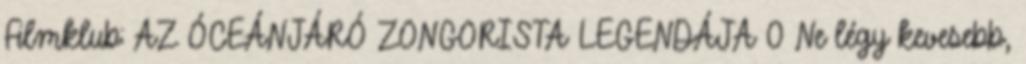
Filmklub: AZ ÓCEÁNJÁRÓ ZONGORISTA LEGENDÁJA 0 Ne légy kevesebb,